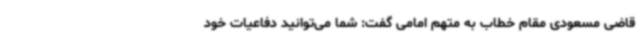
قاضی مسعودی مقام خطاب به متهم امامی گفت:‌ شما می‌توانید دفاعیات خود